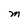
Character: M